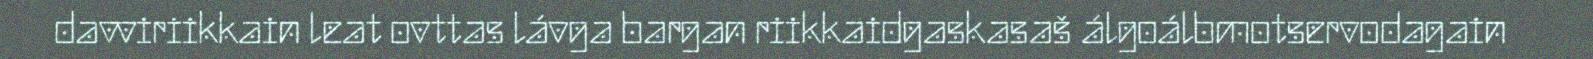
davviriikkain leat ovttas lávga bargan riikkaidgaskasaš álgoálbmotservodagain